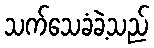
သက်သေခံခဲ့သည်